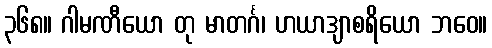
၃၆၈။ ဂါမဏီယော တု မာတင်္ဂ၊ ဟယာဒျာစရိယော ဘဝေ။